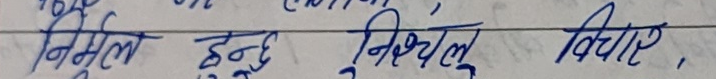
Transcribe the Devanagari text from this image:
निर्मूल हुनु निश्चल विचार,